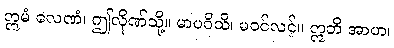
ဣမံ လေဏံ၊ ဤလိုဏ်သို့။ မာပဝိသိ၊ မဝင်လင့်။ ဣတိ အာဟ၊